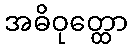
အဓိဝုတ္ထော